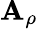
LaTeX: \mathbf{A}_{\rho}